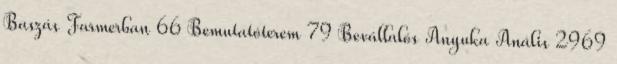
Baszás Farmerban 66 Bemutatóterem 79 Bevállalós Anyuka Anális 2969